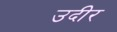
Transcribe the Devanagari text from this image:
उदीर